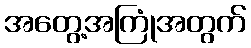
အတွေ့အကြုံအတွက်